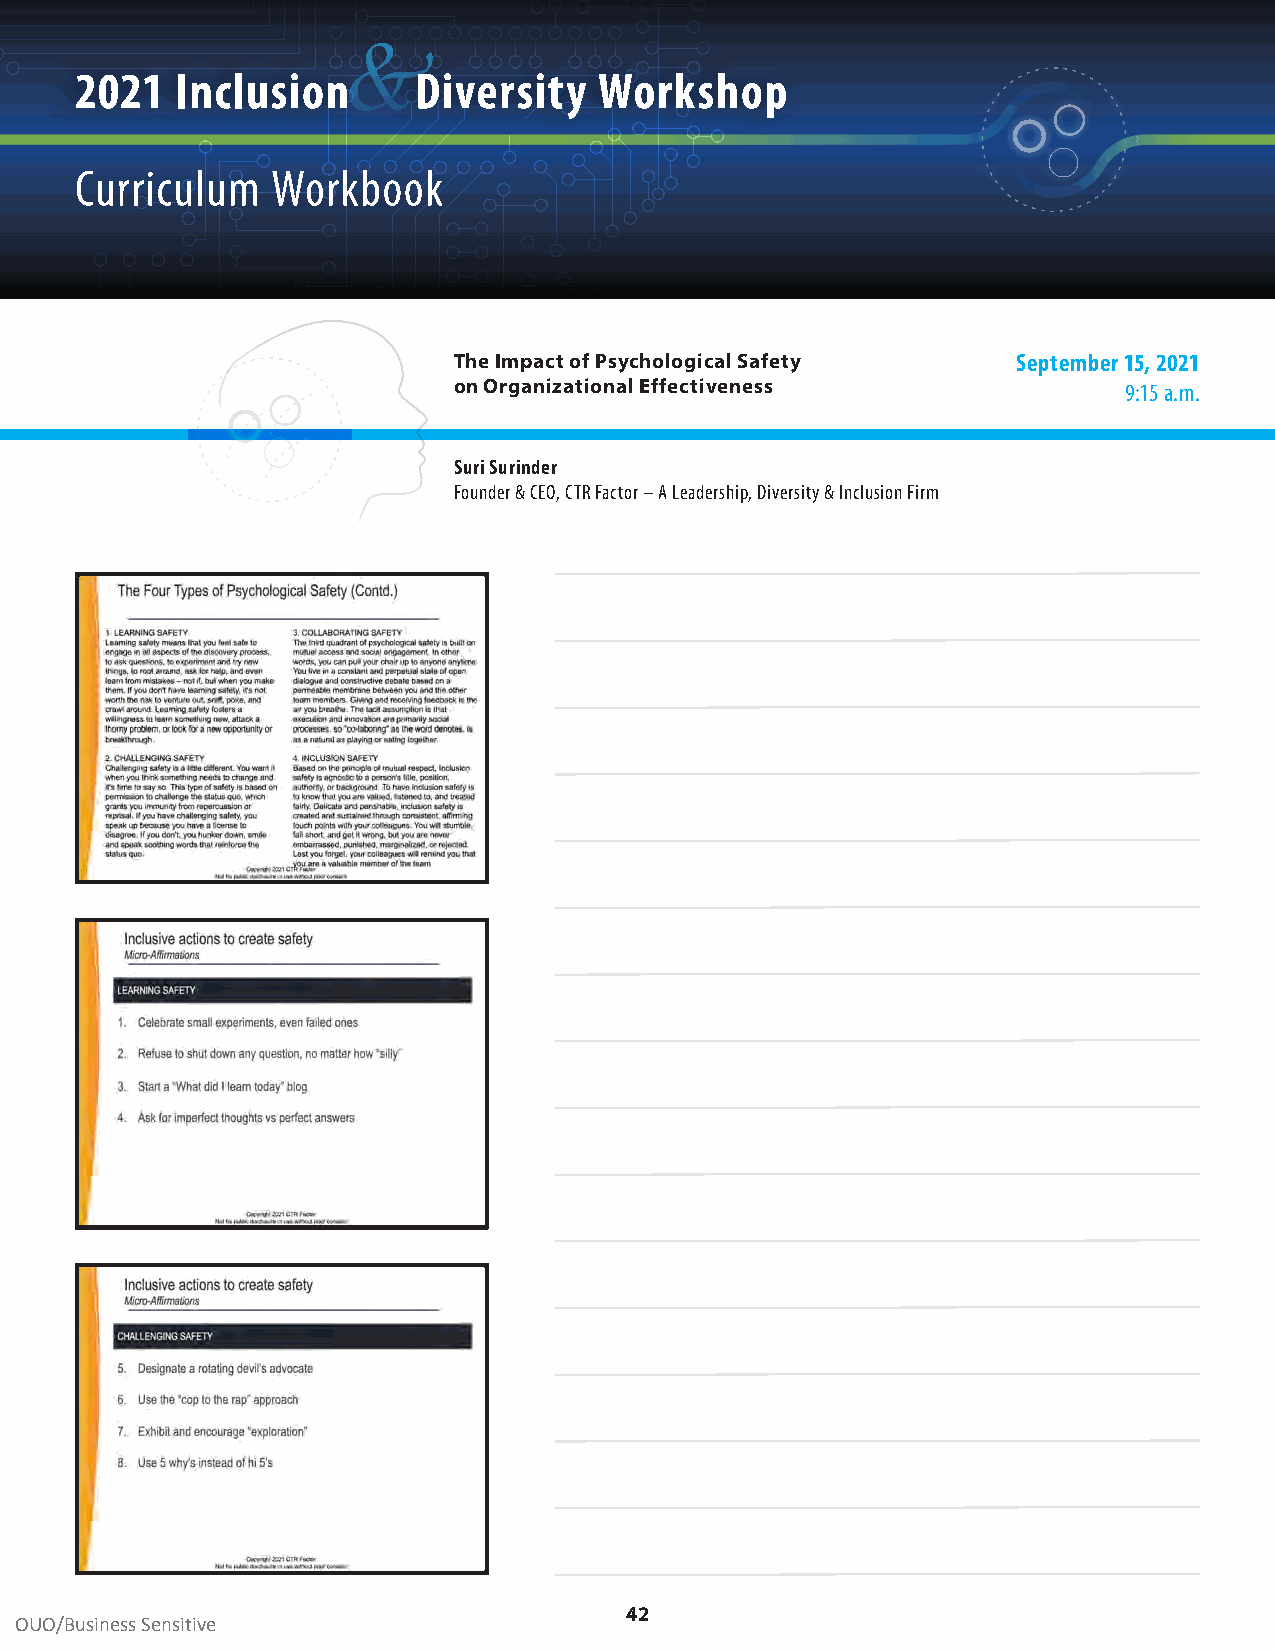
&
 2021   Inclusion      Diversity    Workshop
 Curriculum   Workbook
 The Impact of Psychological Safety   September 15, 2021
 on Organizational Effectiveness             9:15 a .m .
 Suri Surinder
 Founder & CEO, CTR Factor – A Leadership, Diversity & Inclusion Firm
 42
 OUO/Business Sensitive